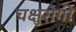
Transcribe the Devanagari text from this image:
चक्षुरोगी